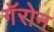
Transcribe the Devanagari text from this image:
गॅरोन